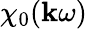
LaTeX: \chi_{0}(\mathbf{k}\omega)